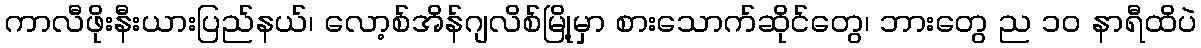
ကာလီဖိုးနီးယားပြည်နယ်၊ လော့စ်အိန်ဂျလိစ်မြို့မှာ စားသောက်ဆိုင်တွေ၊ ဘားတွေ ည ၁၀ နာရီထိပဲ